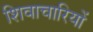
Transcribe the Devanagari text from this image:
शिवाचारियों